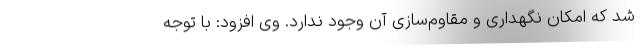
شد که امکان نگهداری و مقاوم‌سازی آن وجود ندارد. وی افزود: با توجه